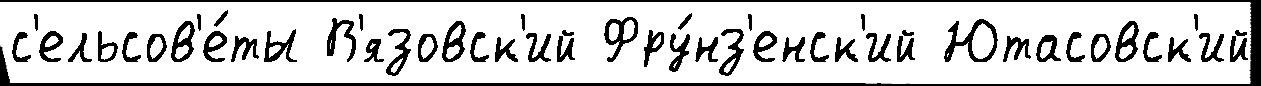
с'ельсов'е́ты В'язовск'ий Фру́нз'енск'ий Ютасовск'ий